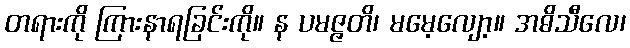
တရားကို ကြားနာရခြင်းကို။ န ပမဇ္ဇတိ၊ မမေ့လျော့။ အဓိသီလေ၊